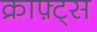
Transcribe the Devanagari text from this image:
क्राफ़्ट्स